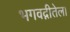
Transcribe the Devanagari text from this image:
भगवद्गीतेला